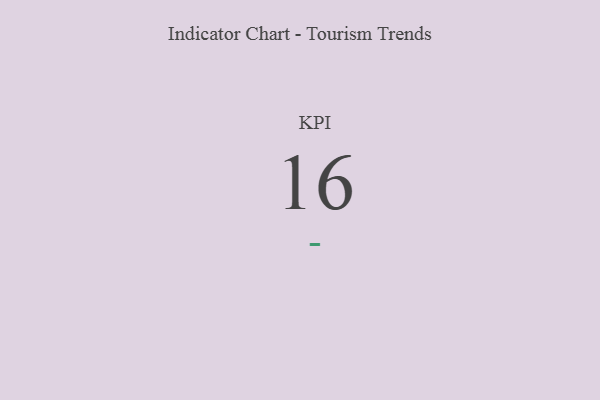
{"axis": {"x": "KPI", "y": "Value"}, "legend": [""], "data": [{"x": "KPI", "y": 16, "type": ""}]}